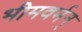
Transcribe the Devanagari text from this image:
भीमवर्मन्